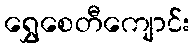
ရွှေစေတီကျောင်း